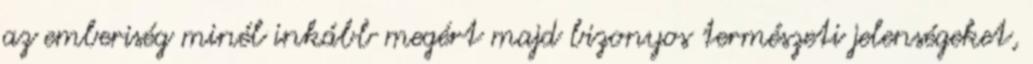
az emberiség minél inkább megért majd bizonyos természeti jelenségeket,